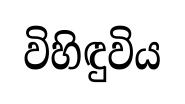
විහිඳුවිය